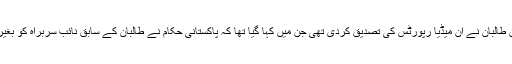
خیال رہے کہ چندروز قبل افغان طالبان نے ان میڈیا رپورٹس کی تصدیق کردی تھی جن میں کہا گیا تھا کہ پاکستانی حکام نے طالبان کے سابق نائب سربراہ کو بغیر کسی شرط کے رہا کردیا ہے۔